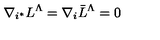
\nabla _ { i ^ { * } } L ^ { \Lambda } = \nabla _ { i } \bar { L } ^ { \Lambda } = 0